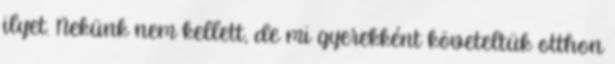
ilyet. Nekünk nem kellett, de mi gyerekként követeltük otthon